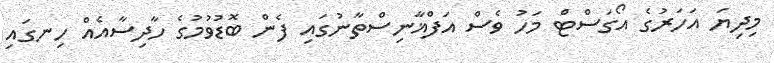
މިދިޔަ އަހަރުގެ އޯގަސްޓް މަހު ވެސް އަފްޣާނިސްތާނުގައި ފެން ބޮޑުވުމުގެ ހާދިސާއެއް ހިނގައި